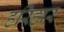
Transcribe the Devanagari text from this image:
हरिहार